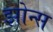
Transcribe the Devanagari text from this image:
झोन्स